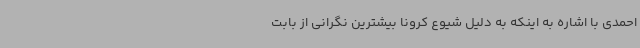
احمدی با اشاره به اینکه به دلیل شیوع کرونا بیشترین نگرانی از بابت